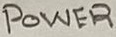
Text: POWER